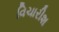
વિચારીશ